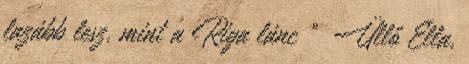
lazább lesz, mint a Riga lánc ” Üllő Ella,